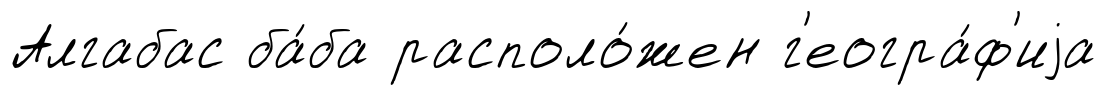
Алгабас ба́ба располо́жен г'еогра́ф'иjа